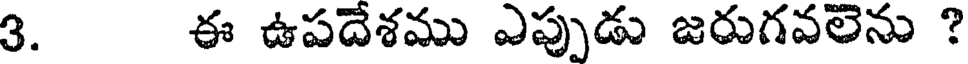
3. ఈ ఉపదేశము ఎప్పుడు జరుగవలెను ?